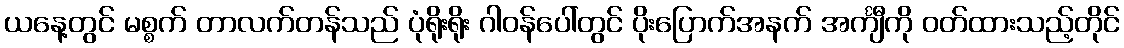
ယနေ့တွင် မစ္စက် တာလက်တန်သည် ပုံရိုးရိုး ဂါဝန်ပေါ်တွင် ပိုးပြောက်အနက် အင်္ကျီကို ဝတ်ထားသည့်တိုင်